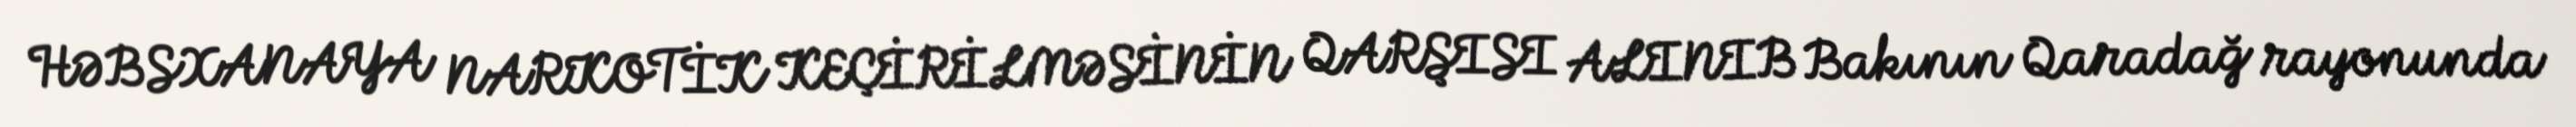
HƏBSXANAYA NARKOTİK KEÇİRİLMƏSİNİN QARŞISI ALINIB Bakının Qaradağ rayonunda